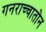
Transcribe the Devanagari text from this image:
गनराच्चातोन